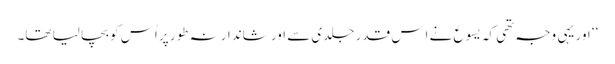
‘‘ اور یہی وجہ تھی کہ یسوع نے اِس قدر جلدی سے اور شاندارنہ طور پر اُس کو بچا لیا تھا۔